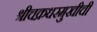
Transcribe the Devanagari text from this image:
श्रीचक्रधरमुखीची